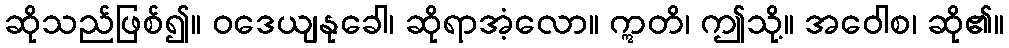
ဆိုသည်ဖြစ်၍။ ဝဒေယျနုခေါ၊ ဆိုရာအံ့လော။ ဣတိ၊ ဤသို့။ အဝေါစ၊ ဆို၏။